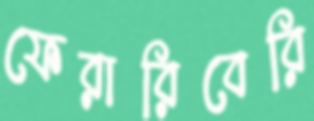
ফেরারিবেরি